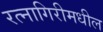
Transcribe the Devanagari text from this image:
रत्नागिरीमधील